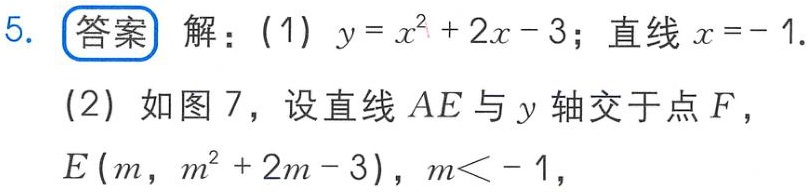
5. 答案 解：(1) \(y = x^{2}+2x - 3\)；直线 \(x = - 1\).
(2) 如图 7，设直线 \(AE\) 与 \(y\) 轴交于点 \(F\)，
\(E(m,m^{2}+2m - 3)\)，\(m < - 1\)，